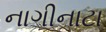
નાગીનાટા